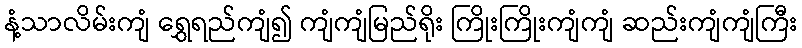
နံ့သာလိမ်းကျံ ရွှေရည်ကျံ၍ ကျံကျံမြည်ရိုး ကြိုးကြိုးကျံကျံ ဆည်းကျံကျံကြီး